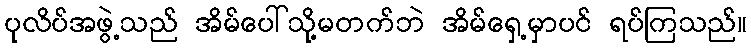
ပုလိပ်အဖွဲ့သည် အိမ်ပေါ်သို့မတက်ဘဲ အိမ်ရှေ့မှာပင် ရပ်ကြသည်။